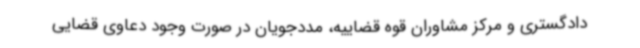
دادگستری و مرکز مشاوران قوه قضاییه، مددجویان در صورت وجود دعاوی قضایی